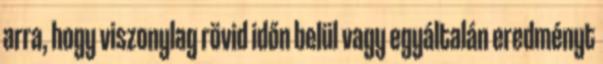
arra, hogy viszonylag rövid időn belül vagy egyáltalán eredményt